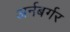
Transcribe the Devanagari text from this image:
अर्नबर्गर